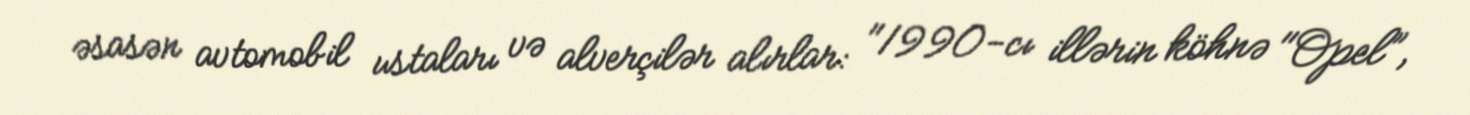
əsasən avtomobil ustaları və alverçilər alırlar: "1990-cı illərin köhnə "Opel”,